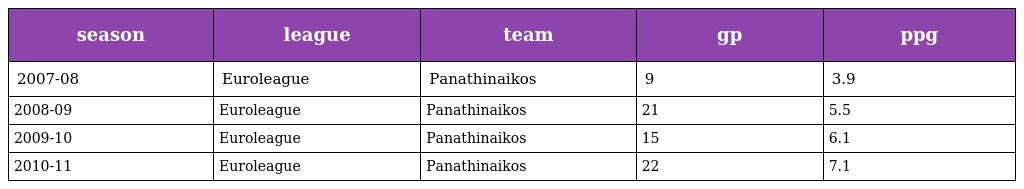
| season | league | team | gp | ppg |
 | --- | --- | --- | --- | --- |
 | 2007-08 | Euroleague | Panathinaikos | 9 | 3.9 |
 | 2008-09 | Euroleague | Panathinaikos | 21 | 5.5 |
 | 2009-10 | Euroleague | Panathinaikos | 15 | 6.1 |
 | 2010-11 | Euroleague | Panathinaikos | 22 | 7.1 |